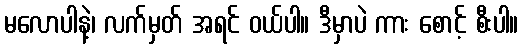
မလောပါနဲ့၊ လက်မှတ် အရင် ဝယ်ပါ။ ဒီမှာပဲ ကား စောင့် စီးပါ။